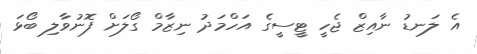
އެ ލަނޑު ނާއިޒް ޖެހީ ޓީސީގެ އަހްމަދު ނިޒާމް ގޯލަށް ފޮނުވާލި ބޯޅަ